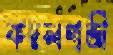
কদলগাজী